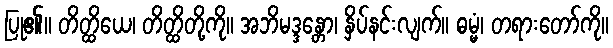
ပြု၏။ တိတ္ထိယေ၊ တိတ္ထိတို့ကို။ အဘိမဒ္ဒန္တော၊ နှိပ်နင်းလျက်။ ဓမ္မံ၊ တရားတော်ကို။